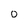
Character: O